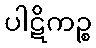
ပါဋိကဉ္စ